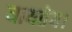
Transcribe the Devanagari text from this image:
यायतेय।